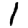
Digit: 1